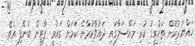
ހައްޔަރުކޮށް ތަހްގީގު ކުރި މައްސަލާގައި ދައުވާކުރާނެ ކަމަށް ގައުމީ ޕާޓީން ބުނެފި އެވެ.